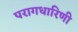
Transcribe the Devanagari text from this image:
परागधारिणी